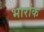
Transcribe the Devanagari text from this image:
भारांक